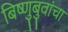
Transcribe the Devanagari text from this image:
बिष्णुबुवांचा